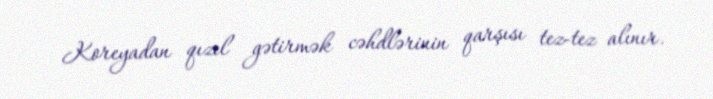
Koreyadan qızıl gətirmək cəhdlərinin qarşısı tez-tez alınır.